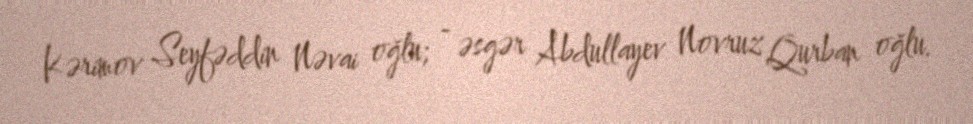
Kərimov Seyfəddin Nəvai oğlu; - əsgər Abdullayev Novruz Qurban oğlu.